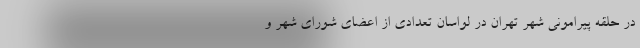
در حلقه پیرامونی شهر تهران در لواسان تعدادی از اعضای شورای شهر و